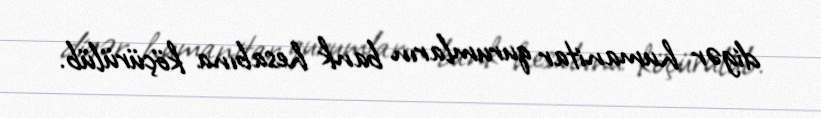
digər humanitar qurumların bank hesabına köçürülüb.